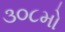
૩૦૮મો